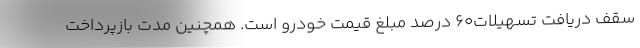
سقف دریافت تسهیلات60 درصد مبلغ قیمت خودرو است. همچنین مدت بازپرداخت